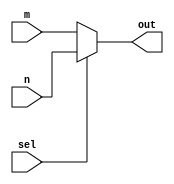
module mux(m,n,sel,out);
input [31:0]m,n;
input sel;
output [31:0]out;
assign out = sel ? n : m;
endmodule